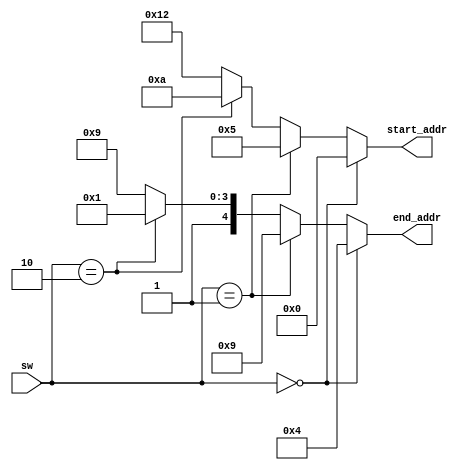
module decoder(
  input [1:0] sw,
  output reg [4:0] start_addr,
  output reg [4:0] end_addr
);

always @ (*) begin
  if (sw == 2'b00) begin
    start_addr = 5'd0;
    end_addr   = 5'd4;
  end
  else if (sw == 2'b01) begin
    start_addr = 5'd5; 
    end_addr   = 5'd9;
  end
  else if (sw == 2'b10) begin
    start_addr = 5'd10; 
    end_addr   = 5'd17;
  end
  else begin
    start_addr = 5'd18;
    end_addr   = 5'd25;
  end
end

endmodule